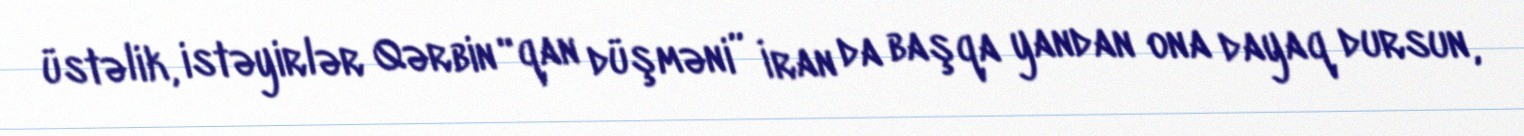
üstəlik, istəyirlər Qərbin “qan düşməni” İran da başqa yandan ona dayaq dursun,